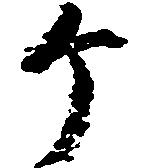
ヶ